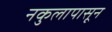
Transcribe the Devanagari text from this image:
नकुलापासून